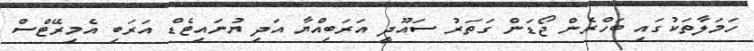
ހަމަލާތަކުގައި ބަހްރެން ޖޯޑަން ގަތަރު ސައޫދީ އަރަބިއްޔާ އަދި ޔުނައިޓެޑް އަރަބި އެމިރޭޓްސް